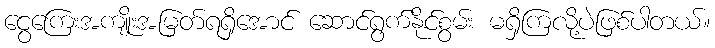
ငွေကြေးအကျိုးအမြတ်ရရှိအောင် ဆောင်ရွက်နိုင်စွမ်း မရှိကြလို့ပဲဖြစ်ပါတယ်။